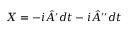
\begin{array} { r } { X = - i \hat { A } ^ { \prime } d t - i \hat { A } ^ { \prime \prime } d t } \end{array}